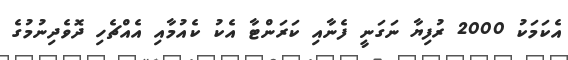
އެކަމަކު 2000 ރުފިޔާ ނަގަނީ ފެނާއި ކަރަންޓާ އެކު ކެއުމާއި އެއްޗެހި ދޮވެދިނުމުގެ